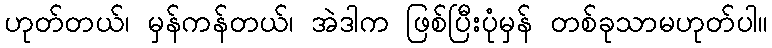
ဟုတ်တယ်၊ မှန်ကန်တယ်၊ အဲဒါက ဖြစ်ပြီးပုံမှန် တစ်ခုသာမဟုတ်ပါ။